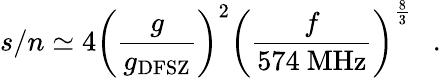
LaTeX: s/n\simeq 4\left({\frac{g}{g_{\mathrm{DFSZ}}}}\right)^{2}\left({\frac{f}{574~\mathrm{MHz}}}\right)^{\frac{8}{3}}~~\ .